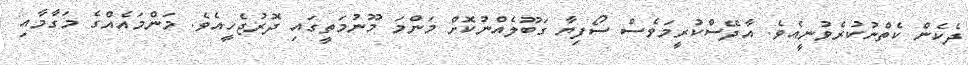
ދެކެން ކެތްނުކުރެވުނީއެވެ. އާދޭސްކުރީމަވެސް ސޯފިޔާ ގަބޫލެއްނުކޮށް މަންމަ މޫނުމަތީގައި ދޮރުޖެހީއެވެ. މަންމައެއްގެ މަގާމާއި